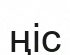
ңіс